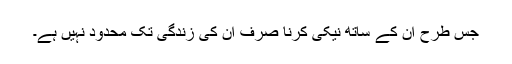
جس طرح ان کے ساتھ نیکی کرنا صرف ان کی زندگی تک محدود نہیں ہے۔